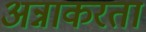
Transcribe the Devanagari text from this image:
अन्नाकरता